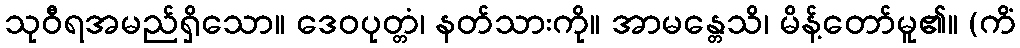
သုဝီရအမည်ရှိသော။ ဒေဝပုတ္တံ၊ နတ်သားကို။ အာမန္တေသိ၊ မိန့်တော်မူ၏။ (ကိံ